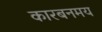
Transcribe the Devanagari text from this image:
कारबनमय